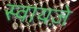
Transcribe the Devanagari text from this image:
स्वायज़े